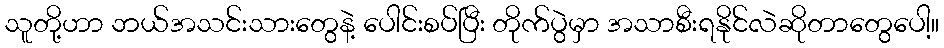
သူတို့ဟာ ဘယ်အသင်းသားတွေနဲ့ ပေါင်းစပ်ပြီး တိုက်ပွဲမှာ အသာစီးရနိုင်လဲဆိုတာတွေပေါ့။